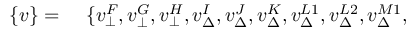
\begin{array} { r l } { \{ v \} = } & { { } \ \{ v _ { \bot } ^ { F } , v _ { \bot } ^ { G } , v _ { \bot } ^ { H } , v _ { \Delta } ^ { I } , v _ { \Delta } ^ { J } , v _ { \Delta } ^ { K } , v _ { \Delta } ^ { L 1 } , v _ { \Delta } ^ { L 2 } , v _ { \Delta } ^ { M 1 } , } \end{array}